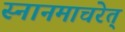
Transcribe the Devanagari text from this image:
स्नानमाचरेत्